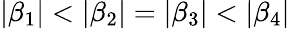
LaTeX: \left|\beta_{1}\right|<\left|\beta_{2}\right|=\left|\beta_{3}\right|<\left|\beta_{4}\right|